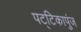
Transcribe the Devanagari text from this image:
पट्टिकापुंज